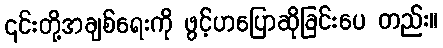
၎င်းတို့အချစ်ရေးကို ဖွင့်ဟပြောဆိုခြင်းပေ တည်း။